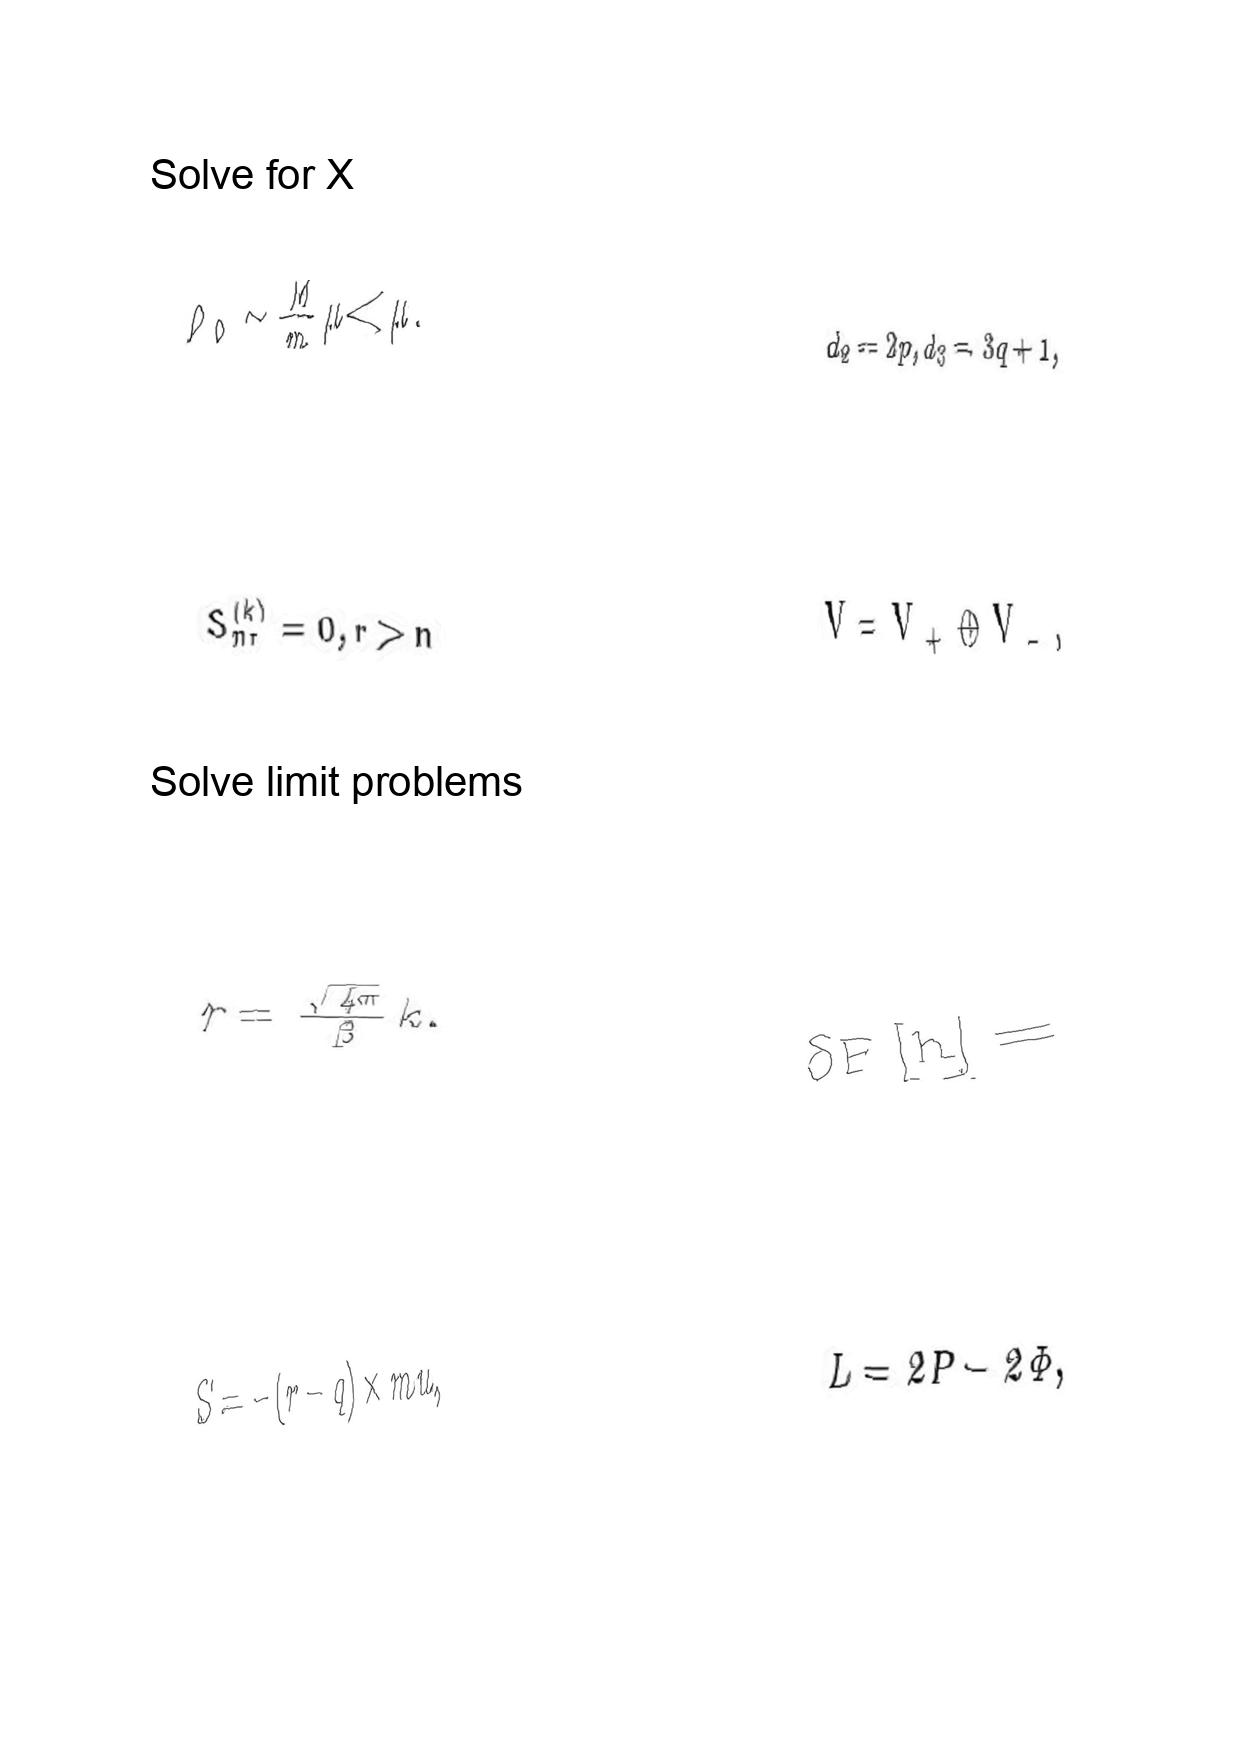
LaTeX transcription:
\rho _ { 0 } \sim \frac { M } { m } \mu \ll \mu .
S _ { n r } ^ { \lparen k \rparen } = 0 , r \gt n
r = \frac { \sqrt { 4 \pi } } { \beta } k .
S = - \lparen r - q \rparen \times m u ,
d _ { 2 } = 2 p , d _ { 3 } = 3 q + 1 ,
V = V _ { + } \oplus V _ { - } ,
\delta F \lbrack h \rbrack =
L = 2 P - 2 \Phi ,